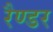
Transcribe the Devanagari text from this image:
रैण्डर